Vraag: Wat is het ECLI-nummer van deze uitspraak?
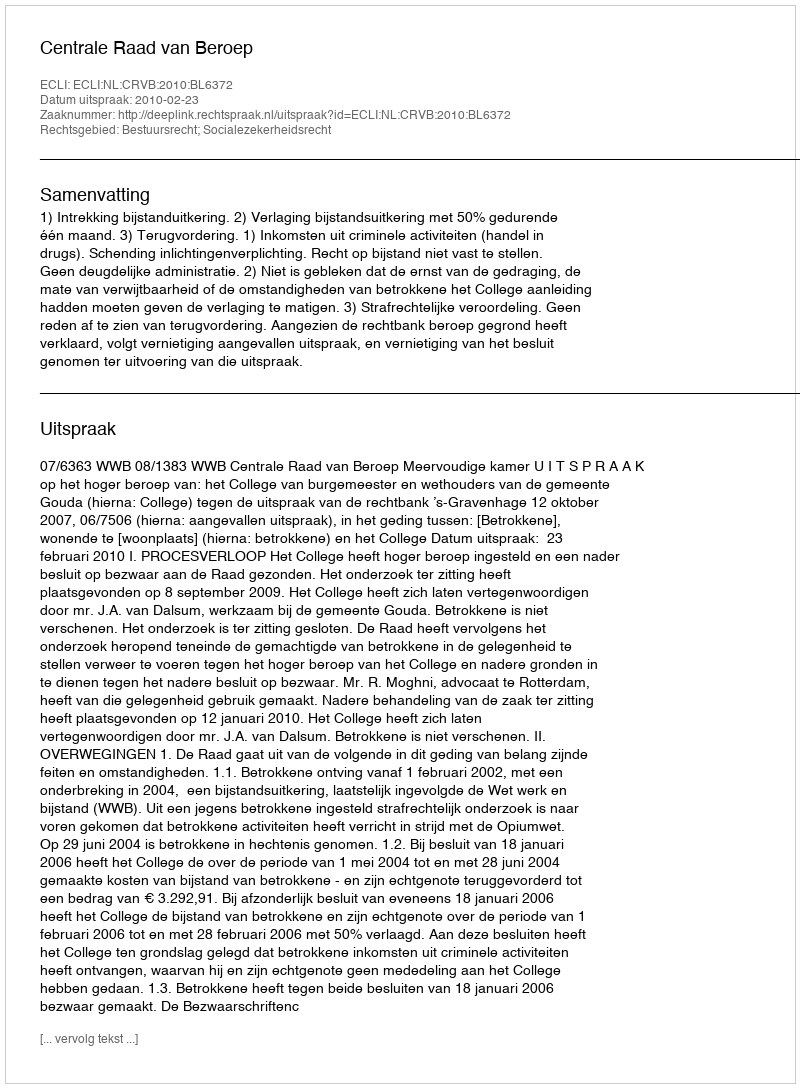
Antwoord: ECLI:NL:CRVB:2010:BL6372